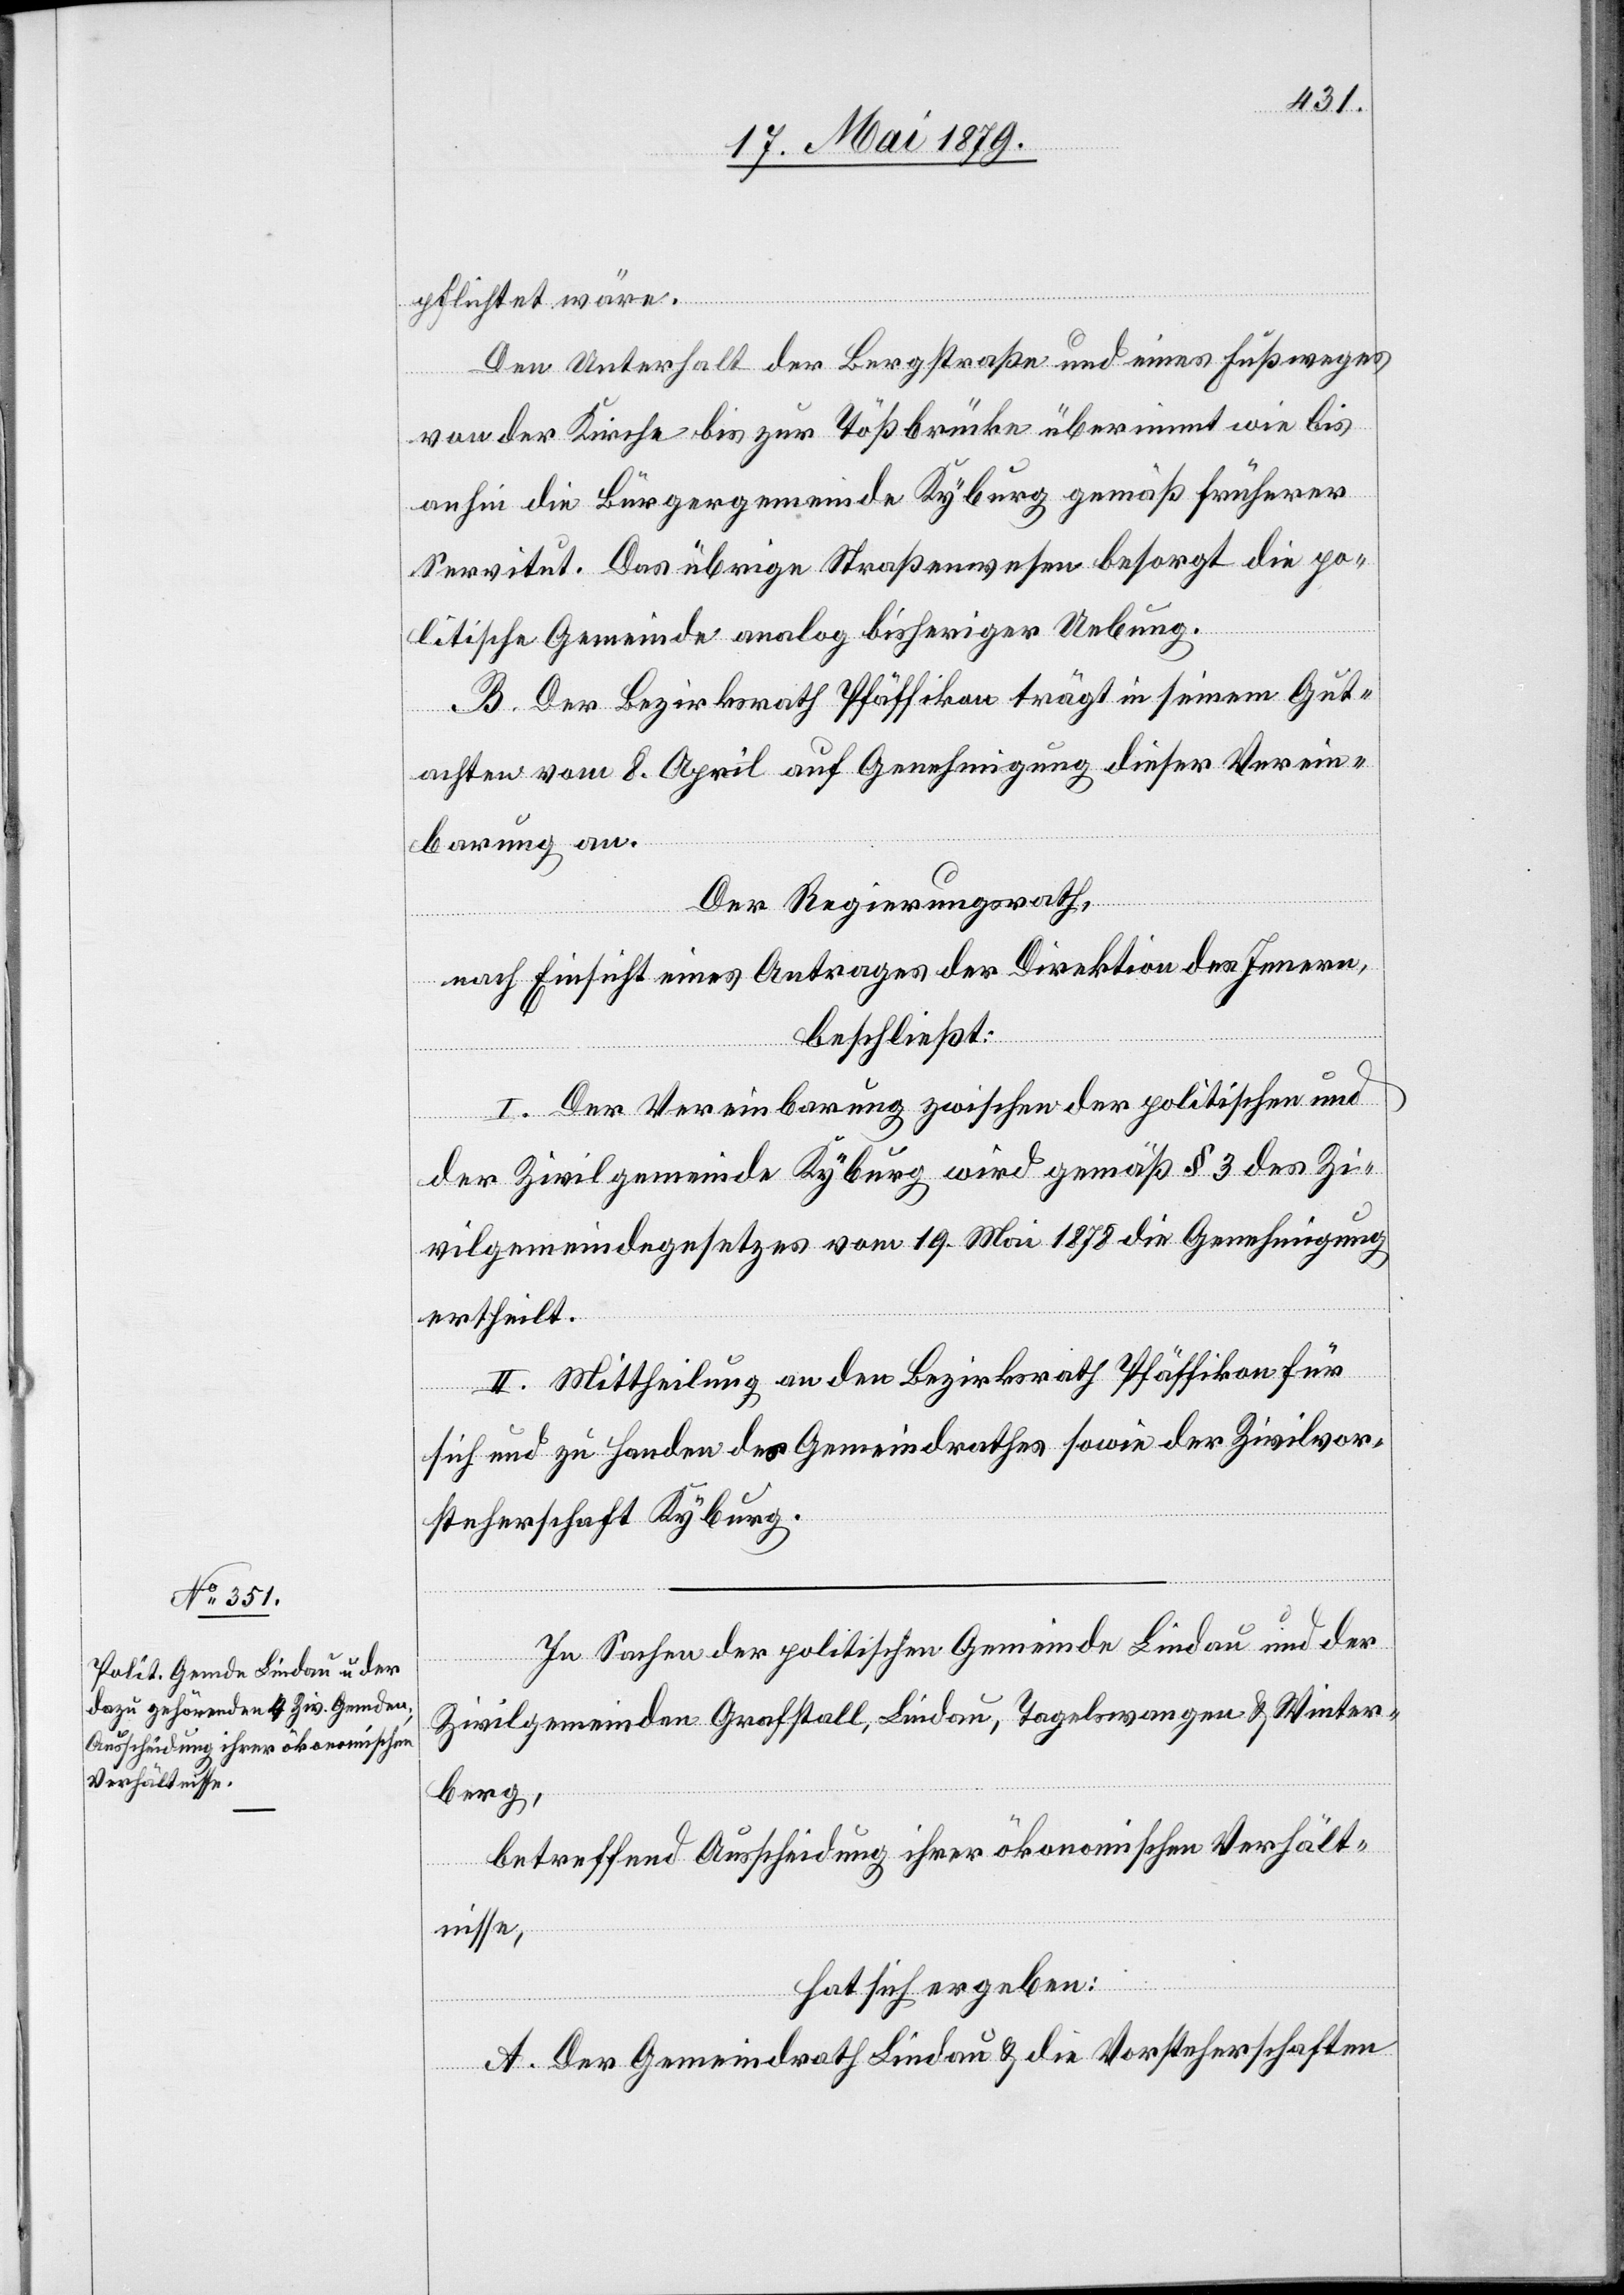
pflichtet wäre.
Den Unterhalt der Bergstraße und eines Fußweges
von der Kirche bis zur Tößbrücke über[n]immt wie bis
anhin die Bürgergemeinde Kyburg gemäß früherer
Servitut. Das übrige Straßenwesen besorgt die po¬
litische Gemeinde analog bisheriger Uebung.
B. Der Bezirksrath Pfäffikon trägt in seinem Gut¬
achten vom 8. April auf Genehmigung dieser Verein¬
barung an.
Der Regierungsrath,
nach Einsicht eines Antrages der Direktion des Innern,
beschließt:
I. Der Vereinbarung zwischen der politischen und
der Zivilgemeinde Kyburg wird gemäß § 3 des Zi¬
vilgemeindegesetzes vom 19. Mai 1878 die Genehmigung
ertheilt.
II. Mittheilung an den Bezirksrath Pfäffikon für
sich und zu Handen des Gemeindrathes sowie der Zivilvor¬
steherschaft Kyburg.
In Sachen der politischen Gemeinde Lindau und der
Zivilgemeinden Grafstall, Lindau, Tagelswangen & Winter¬
berg,
betreffend Ausscheidung ihrer ökonomischen Verhält¬
nisse,
hat sich ergeben:
A. Der Gemeindrath Lindau & die Vorsteherschaften